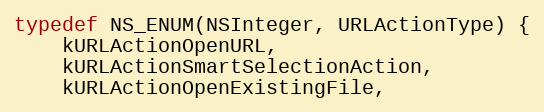
Language: C
typedef NS_ENUM(NSInteger, URLActionType) {
    kURLActionOpenURL,
    kURLActionSmartSelectionAction,
    kURLActionOpenExistingFile,